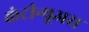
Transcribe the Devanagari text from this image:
कंटीन्यूअस